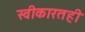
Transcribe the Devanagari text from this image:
स्वीकारतही